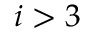
i > 3